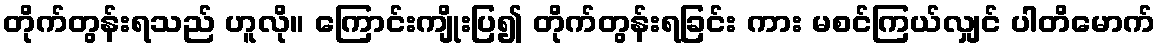
တိုက်တွန်းရသည် ဟူလို။ ကြောင်းကျိုးပြ၍ တိုက်တွန်းရခြင်း ကား မစင်ကြယ်လျှင် ပါတိမောက်